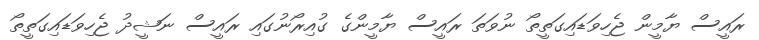
ރައީސް ޔާމީން ޖެހިވަޑައިގަތީތޯ ނުވަތަ ރައީސް ޔާމީންގެ ގުއިރޯނުގައި ރައީސް ނަޝީދު ޖެހިވަޑައިގަތީތޯ